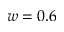
w = 0 . 6